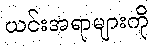
ယင်းအရာများကို